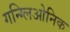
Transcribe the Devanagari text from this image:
गन्ग्लिओनिक